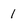
Character: 1